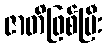
ဇာတိဖြစ်ပြီး